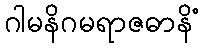
ဂါမနိဂမရာဇဓာနိံ